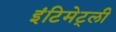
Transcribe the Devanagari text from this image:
इंटिमेट्ली